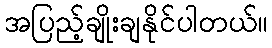
အပြည့်ချိုးချနိုင်ပါတယ်။